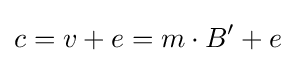
c=v+e=m\cdot B'+e